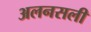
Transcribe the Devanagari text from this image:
अलनसली